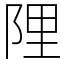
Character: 䧉